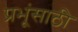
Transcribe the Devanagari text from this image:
प्रभूंसाठी